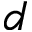
d